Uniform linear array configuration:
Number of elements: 24
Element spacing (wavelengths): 0.25
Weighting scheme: kaiser
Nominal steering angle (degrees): -45
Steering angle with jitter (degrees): -44.334
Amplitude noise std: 0.05
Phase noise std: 0.05

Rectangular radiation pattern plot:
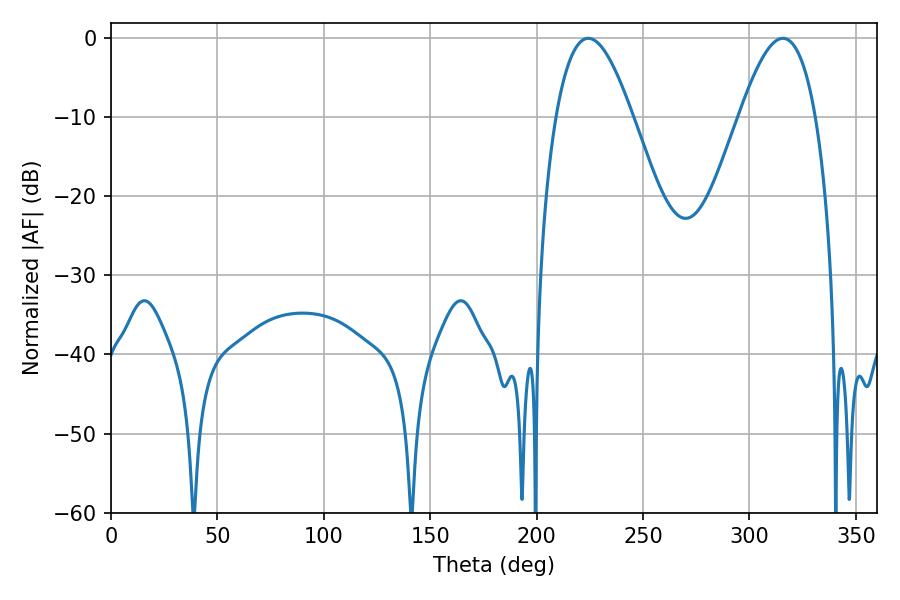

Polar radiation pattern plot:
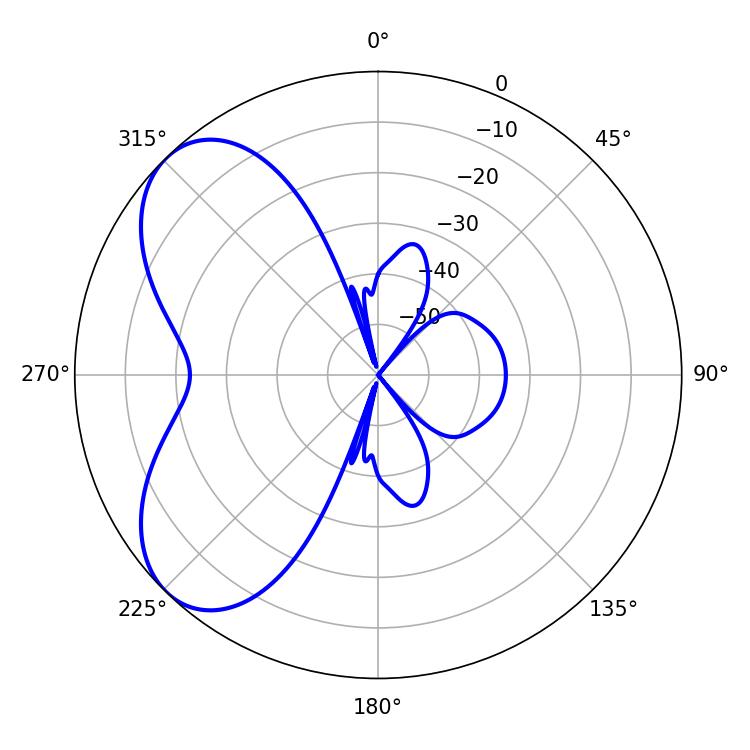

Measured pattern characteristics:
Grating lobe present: FALSE
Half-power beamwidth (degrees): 19.62
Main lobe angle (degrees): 224.28